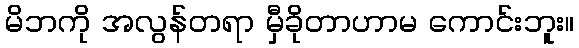
မိဘကို အလွန်တရာ မှီခိုတာဟာမ ကောင်းဘူး။